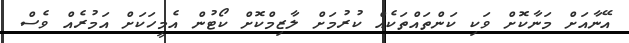
އޭނާއަށް މަނާކޮށް ވަކި ކަންތައްތަކެއް ކުރުމަށް ލާޒިމްކޮށް ކޯޓުން އެމީހަކަށް އަމުރެއް ވެސް